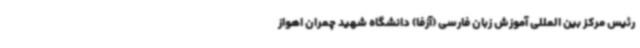
رئیس مرکز بین المللی آموزش زبان فارسی (آزفا) دانشگاه شهید چمران اهواز